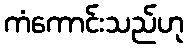
ကံကောင်းသည်ဟု